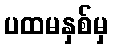
ပထမနှစ်မှ